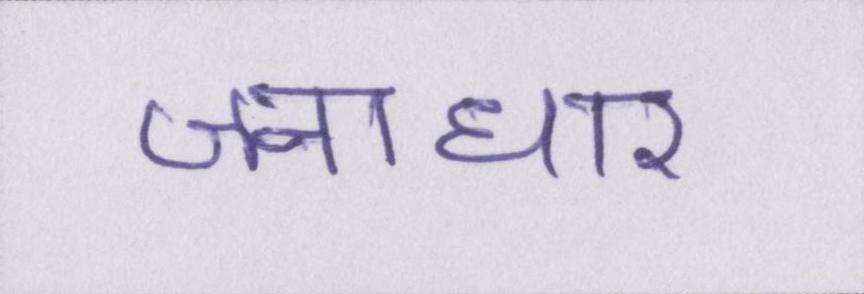
जनाधार